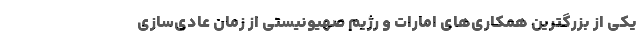
یکی از بزرگترین همکاری‌های امارات و رژیم صهیونیستی از زمان عادی‌سازی